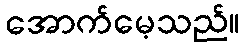
အောက်မေ့သည်။